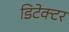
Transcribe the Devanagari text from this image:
डिटेक्‍टर